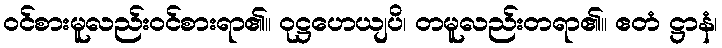
ဝင်စားမူလည်းဝင်စားရာ၏။ ဝုဋ္ဌဟေယျပိ၊ တမူလည်းတရာ၏။ ဧတံ ဋ္ဌာနံ၊